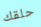
حلقك